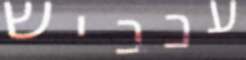
עכביש